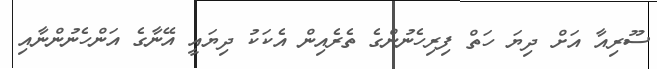
ސޫރިއާ އަށް ދިޔަ ހަތް ފިރިހެނުންގެ ތެރެއިން އެކަކު ދިޔައީ އޭނާގެ އަންހެނުންނާއި